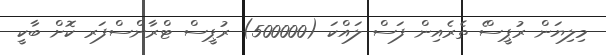
މިލިޔަން ރުޕީސްެ ތެރެއިން ފަސް ލައްކަ (500000) ރުޕީސް ޓްރާންސްފަރ ކޮށް ބާކީ